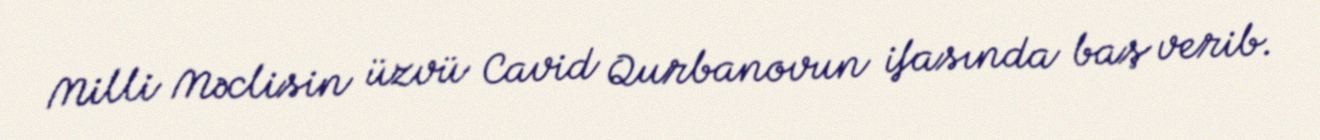
Milli Məclisin üzvü Cavid Qurbanovun ifasında baş verib.